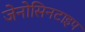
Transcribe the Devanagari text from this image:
जेनोसिनटाइप